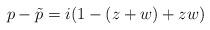
LaTeX: \begin{align*}p-\tilde{p} = i(1 - (z+w) +zw)\end{align*}